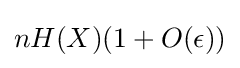
nH(X)(1+O(\epsilon ))